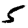
Digit: 5